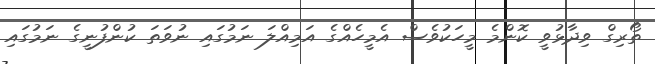
ތޯރިގް ވިދާޅުވީ ކޮންމެ މީހަކުވެސް އެމީހެއްގެ އަމިއްލަ ނަމުގައި ނުވަތަ ކުންފުނީގެ ނަމުގައި